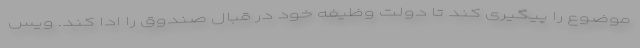
موضوع را پیگیری کند تا دولت وظیفه خود در قبال صندوق را ادا کند. ویس